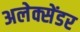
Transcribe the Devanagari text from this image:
अलेक्सेंडर